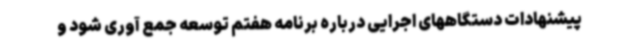
پیشنهادات دستگاههای اجرایی درباره برنامه هفتم توسعه جمع آوری شود و